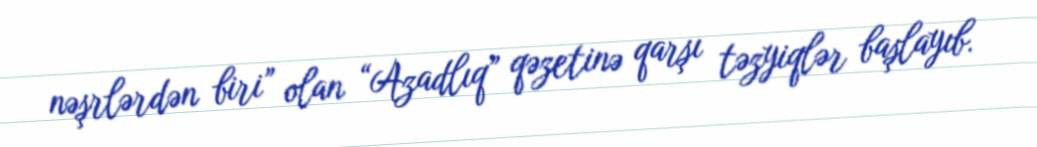
nəşrlərdən biri” olan “Azadlıq” qəzetinə qarşı təzyiqlər başlayıb.